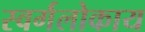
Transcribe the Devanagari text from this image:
स्वर्गलोकाय